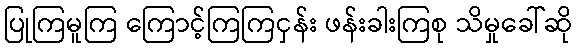
ပြုကြမူကြ ကြောင့်ကြကြငှန်း ဖန်းခါးကြစု သိမှုခေါ်ဆို